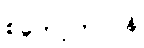
စကော့တလန်